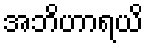
အဘိဟာရယိ